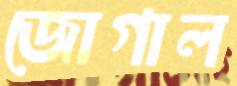
জোগাল